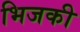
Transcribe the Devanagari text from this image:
भिजकी